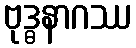
ဗုဒ္ဓနာဂဿ